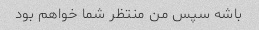
باشه سپس من منتظر شما خواهم بود